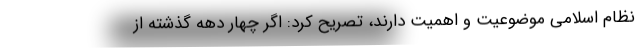
نظام اسلامی موضوعیت و اهمیت دارند، تصریح کرد: اگر چهار دهه گذشته از